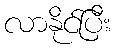
လာနိုင်ပြီး